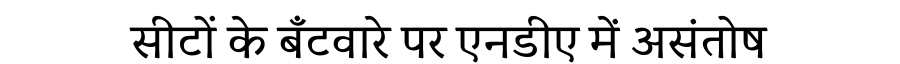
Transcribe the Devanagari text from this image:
सीटों के बँटवारे पर एनडीए में असंतोष